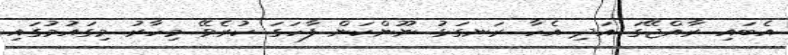
އެބައި ރާއްޖޭގަ އަދި އެހާ ރަނގަޅު ނޫންކަން ފާހަގަ ކުރެވޭ މިހާރު މިގައުމުގައި